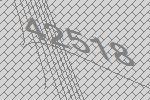
42518